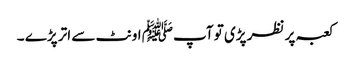
کعبہ پر نظر پڑی تو آپﷺ اونٹ سے اتر پڑے ۔